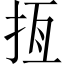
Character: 𢫮